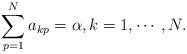
LaTeX: \begin{align*}\sum_{p=1}^N a_{kp}=\alpha, k=1, \cdots, N.\end{align*}